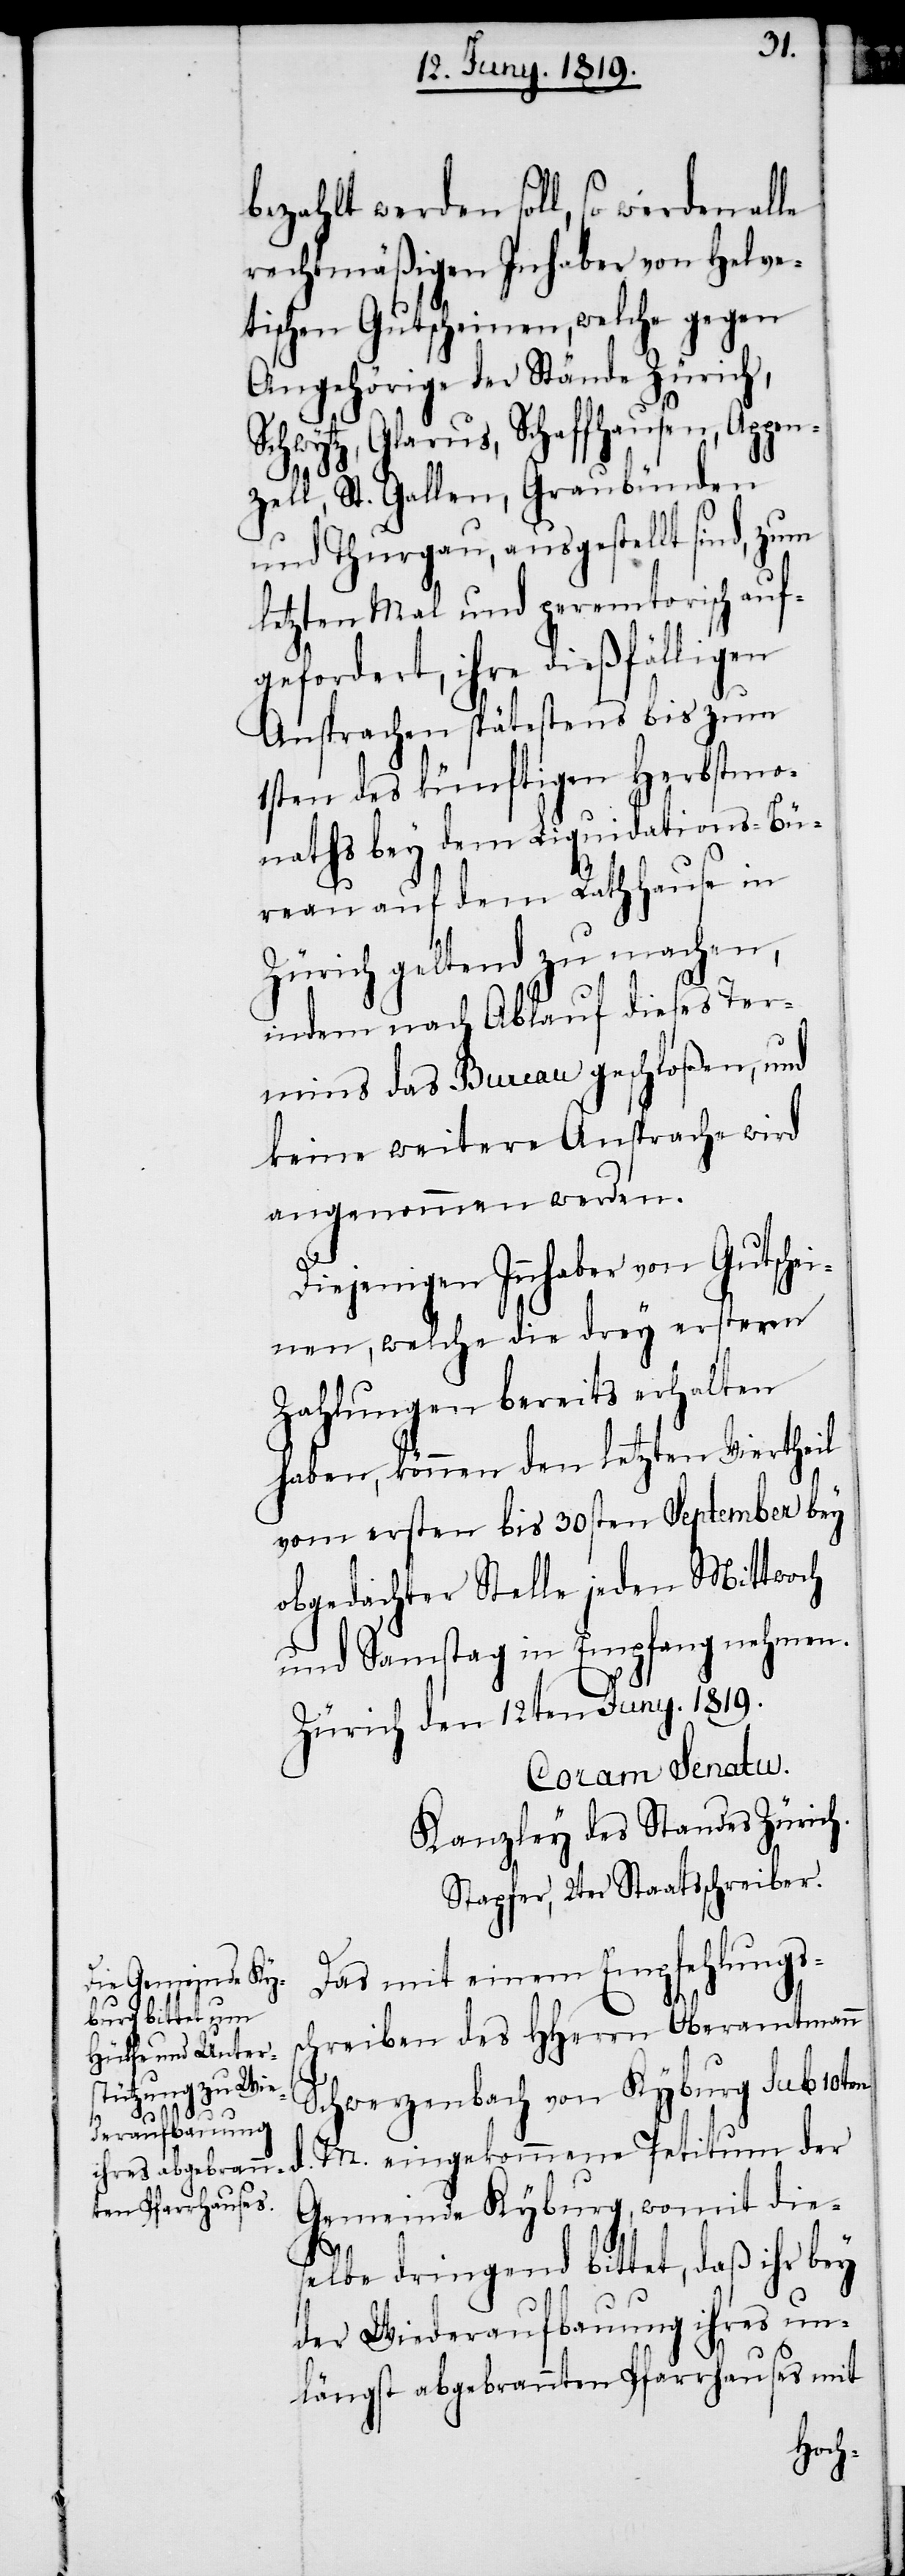
bezahlt werden soll, so werden al¬
rechtmäßigen Inhaber von Helve¬
tischen Gutscheinen, welche gegen
Angehörige der Stände Zürich,
Schwytz, Glarus, Schaffhausen, Appen¬
zell, St. Gallen, Graubünden,
und Thurgau, ausgestellt sind, zum
letzten Mal und peremtorisch auf¬
gefordert, ihre dießfälligen
Ansprachen spätestens bis zum
1sten des künftigen Herbstmo¬
naths bey dem Liquidations-Bü¬
reau auf dem Rathhause in
Zürich geltend zu machen,
indem nach Ablauf dieses Ter¬
mins das Bureau geschloßen, und
keine weitere Ansprache wird
angenommen werden.
Diejenigen Inhaber von Gutschei¬
nen, welche die drey ersteren
Zahlungen bereits erhalten
haben, können den letzten Viertheil
vom ersten bis 30sten September bey
obgedachter Stelle jeden Mittwoch
und Samstag in Empfang nehmen.
Zürich den 12ten Juny. 1819.
Coram Senatu.
Kanzley des Standes Zürich.
Stapfer, 2ter Staatschreiber.
Da mit einem Empfehlungs¬
schreiben des HHerrn Oberamtmann
Schwerzenbach von Kyburg sub 10ten
M.
Gemeinde Kyburg, womit die¬
selbe dringend bittet, daß ihr bey
der Wiederaufbauung ihres un¬
längst abgebrannten Pfarrhauses mit